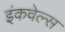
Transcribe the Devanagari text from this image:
इंकवेल्स